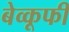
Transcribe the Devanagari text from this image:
बेव्कूफी